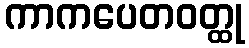
ကာကပေတဝတ္ထု